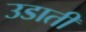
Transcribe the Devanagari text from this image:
उडाती